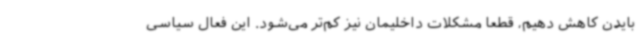
بایدن کاهش دهیم، قطعا مشکلات داخلیمان نیز کم‌تر می‌شود. این فعال سیاسی